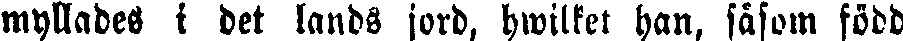
myllades i det lands jord, hwilket han, såsom född